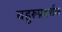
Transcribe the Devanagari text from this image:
बहुरूप्रदर्शक